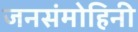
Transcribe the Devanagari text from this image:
जनसंमोहिनी